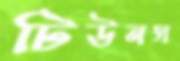
টিউনস